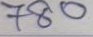
780